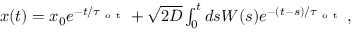
\begin{array} { r } { x ( t ) = x _ { 0 } e ^ { - t / \tau _ { \mathrm { ~ o ~ t ~ } } } + \sqrt { 2 D } \int _ { 0 } ^ { t } d s W ( s ) e ^ { - ( t - s ) / \tau _ { \mathrm { ~ o ~ t ~ } } } \, , } \end{array}